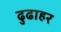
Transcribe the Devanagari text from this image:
ढुढाहर